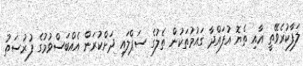
ލަފާކުރެވޭތީ އާއި ތެޔޮ އުފައްދާ ގައުމުތަކުން ތެލުގެ ސަޕްލައި ދަށްކުރަން އެއްބަސްވުމުގެ ފުރުސަތު